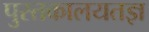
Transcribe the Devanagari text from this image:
पुस्तकालयतज्ञ